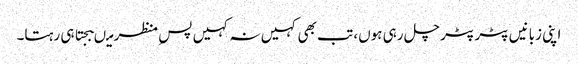
اپنی زبانیں پٹر پٹر چل رہی ہوں، تب بھی کہیں نہ کہیں پسِ منظر میںبجتا ہی رہتا۔